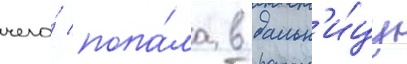
чего́ попа́ла в больн'и́цу